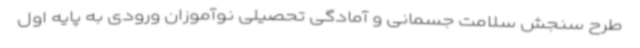
طرح سنجش سلامت جسمانی و آمادگی تحصیلی نوآموزان ورودی به پایه اول